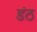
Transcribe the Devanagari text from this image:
डंठ